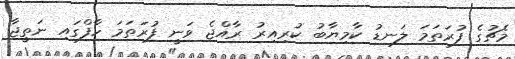
މެޗުގެ ފުރަތަމަ ލަނޑު ކާމިޔާބު ކުރިއިރު ރާއްޖެ ވަނީ ފުރަތަމަ ހާފްގައި ނަތީޖާ